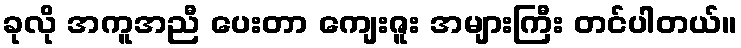
ခုလို အကူအညီ ပေးတာ ကျေးဇူး အများကြီး တင်ပါတယ်။